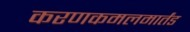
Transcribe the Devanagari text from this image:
करणकमलमार्तंड